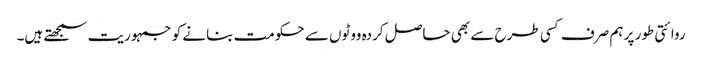
روائتی طور پر ہم صرف کسی طرح سے بھی حاصل کردہ ووٹوں سے حکومت بنانے کو جمہوریت سمجھتے ہیں۔